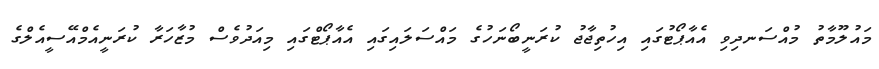
މައުލޫމާތު މުއްސަނދިވި އެއާޕޯޓުގައި އިހުތިޖާޖު ކުރަނީބޯނަހުގެ މައްސަލައިގައި އެއާޕޯޓްގައި މިއަދުވެސް މުޒާހަރާ ކުރަނީއެމްއޭސީއެލްގެ